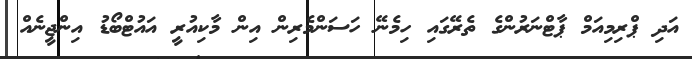
އަދި ޕްރިމިއަމް ޕާޓްނަރުންގެ ތެރޭގައި ހިމެނޭ ހަސަންމެރިން އިން މާކިއުރީ އައުޓްބޯޑު އިންޖީނެއް